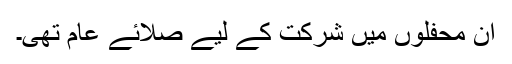
ان محفلوں میں شرکت کے لیے صلائے عام تھی۔